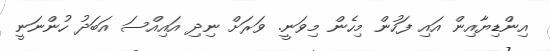
އިންޑިޔާއިން އައި ފަހުން މިހެން މިވަނީ. ވަރަށް ނިދި އައިއްސަ އަބަދު ހުންނަނީ